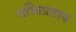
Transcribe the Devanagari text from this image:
भक्तिप्रताप